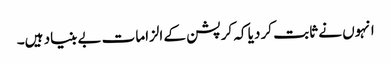
انہوں نے ثابت کر دیا کہ کرپشن کے الزامات بے بنیاد ہیں۔